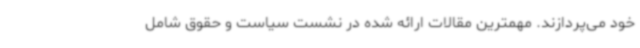
خود می‌پردازند. مهمترین مقالات ارائه شده در نشست سیاست و حقوق شامل